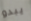
يبدو